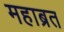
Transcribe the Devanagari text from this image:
महाब्रत